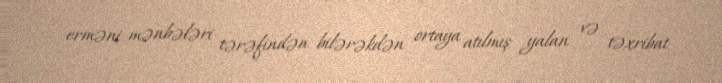
erməni mənbələri tərəfindən bilərəkdən ortaya atılmış yalan və təxribat